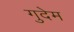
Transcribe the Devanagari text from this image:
गुदेम